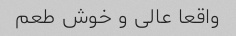
واقعا عالى و خوش طعم